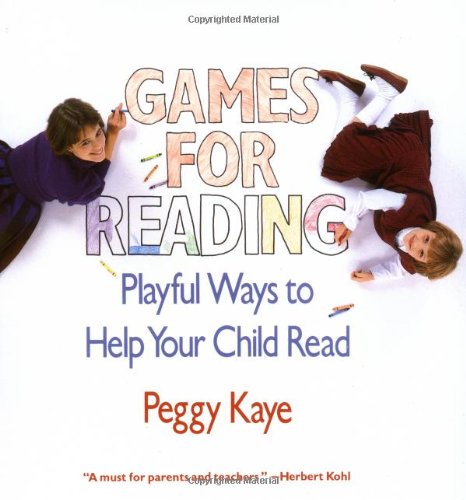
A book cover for Games for Reading: Playful Ways to Help Your Child Read; Peggy Kaye; Parenting & Relationships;